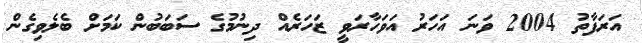
އަރަފާތު 2004 ވަނަ އަހަރު އަވަހާރަވީ ޒަހަރެއް ދިނުމުގެ ސަބަބުން ކަމަށް ބެލެވިގެން